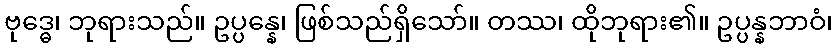
ဗုဒ္ဓေ၊ ဘုရားသည်။ ဥပ္ပန္နေ၊ ဖြစ်သည်ရှိသော်။ တဿ၊ ထိုဘုရား၏။ ဥပ္ပန္နဘာဝံ၊